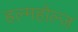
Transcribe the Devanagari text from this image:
हल्महोल्ज़